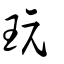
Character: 玩